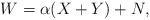
LaTeX: \begin{align*}W=\alpha(X+Y) + N,\end{align*}